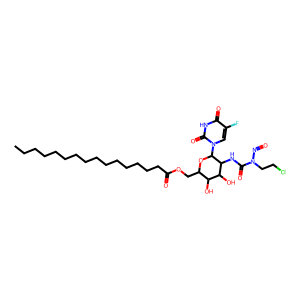
SMILES: CCCCCCCCCCCCCCCC(=O)OCC1OC(n2cc(F)c(=O)[nH]c2=O)C(NC(=O)N(CCCl)N=O)C(O)C1O
Inhibits HIV replication: No